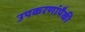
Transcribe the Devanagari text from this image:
उपकरणांपैकी